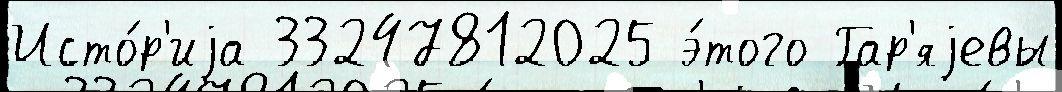
Исто́р'иjа 33247812025 э́того Гар'яjевы